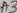
Text: A3